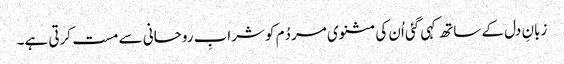
زبانِ دل کے ساتھ کہی گئی اُن کی مثنوی مردُم کو شرابِ روحانی سے مست کرتی ہے۔